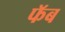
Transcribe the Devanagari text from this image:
फॅब